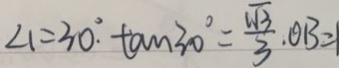
\angle 1 = 3 0 ^ { \circ } . \tan 3 0 ^ { \circ } = \frac { \sqrt { 3 } } { 3 } . O B =